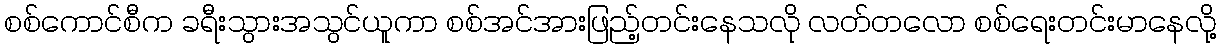
စစ်ကောင်စီက ခရီးသွားအသွင်ယူကာ စစ်အင်အားဖြည့်တင်းနေသလို လတ်တလော စစ်ရေးတင်းမာနေလို့